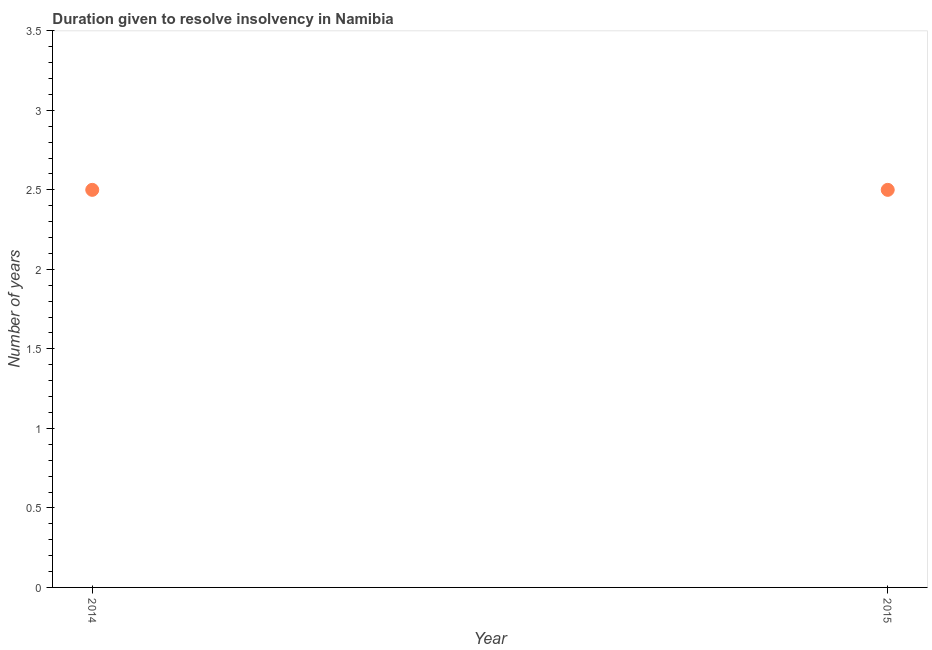
| Year | Resolve insolvency |
 | --- | --- |
 | 2014 | 2.5 |
 | 2015 | 2.5 |